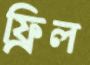
ফ্রিল